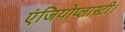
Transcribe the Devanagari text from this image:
एंजियोप्लास्टी।